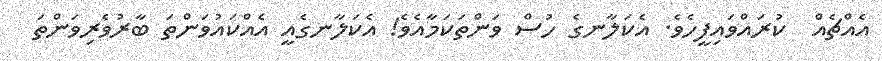
އެއްޗެއް  ކުރައްވައިފީހެެވެ. އެކަލާނގެ ހުސް ވަންތަކަމާއެވެ! އެކަލާނގެއީ އެއްކައުވަންތަ ބާރުވެރިވަންތަ